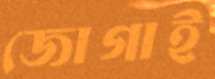
জোগাই